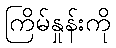
ကြိမ်နှုန်းကို